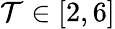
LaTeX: \mathcal{T}\in[2,6]